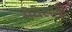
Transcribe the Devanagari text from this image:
सेवेलाही